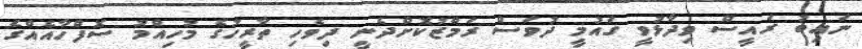
ނައިބު ރައީސް ވިދާޅުވީ ގައުމީ ދުވަސް ރަމްޒުކޮށްދެނީ ދިވެހި ތާރީހުގެ މުހިއްމު ސޮފްހާއެއްގެ